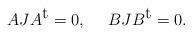
LaTeX: \begin{align*}AJA^{\mbox{t}}=0,\ \ \ \ BJB^{\mbox{t}}=0.\end{align*}